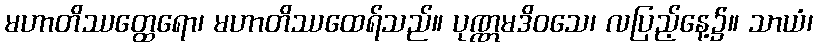
မဟာတိဿတ္ထေရော၊ မဟာတိဿထေရ်သည်။ ပုဏ္ဏမဒိဝသေ၊ လပြည့်နေ့၌။ သာယံ၊